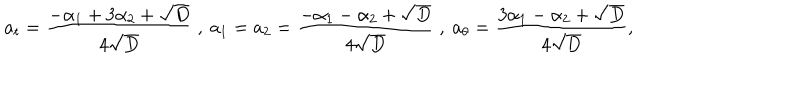
LaTeX: a _ { t } = \frac { - \alpha _ { 1 } + 3 \alpha _ { 2 } + \sqrt { D } } { 4 \sqrt { D } } \ , \ a _ { 1 } = a _ { 2 } = \frac { - \alpha _ { 1 } - \alpha _ { 2 } + \sqrt { D } } { 4 \sqrt { D } } \ , \ a _ { \theta } = \frac { 3 \alpha _ { 1 } - \alpha _ { 2 } + \sqrt { D } } { 4 \sqrt { D } } ,